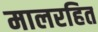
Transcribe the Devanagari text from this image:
मालरहित